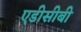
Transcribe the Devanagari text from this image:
एडीसीबी